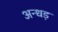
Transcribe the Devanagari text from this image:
अन्धड़